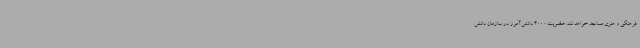
فرهنگی و هنری مساجد خواهد شد. عضویت 4000 دانش‌آموز در سازمان دانش